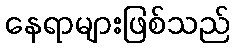
နေရာများဖြစ်သည်